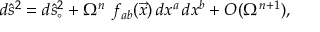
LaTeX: d { \hat { s } } ^ { 2 } = d { \hat { s } } _ { \circ } ^ { 2 } + \Omega ^ { n } \, \, f _ { a b } ( \vec { x } ) \, d x ^ { a } \, d x ^ { b } + { \cal O } ( \Omega ^ { n + 1 } ) ,